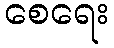
စေရေး